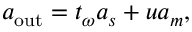
a _ { \mathrm { o u t } } = t _ { \omega } a _ { s } + u a _ { m } ,